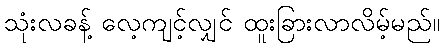
သုံးလခန့် လေ့ကျင့်လျှင် ထူးခြားလာလိမ့်မည်။